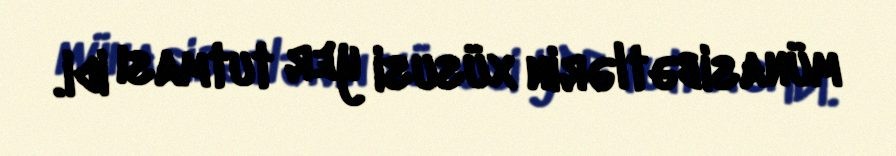
münasibətlərin xüsusi yer tutması idi.